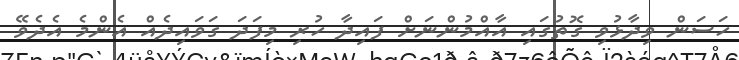
ހަސަން ވިދާޅުވި ގޮތުގައި އާއްމުންނަށް ފައިދާ ހުރި މިފަދަ ގަވައިދެއް އެންމެ އެދެވޭ